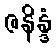
ဇနိန္ဒံ